Triigi_(Aleksandri)_vallavalitsus_Harjumaal, lk 28
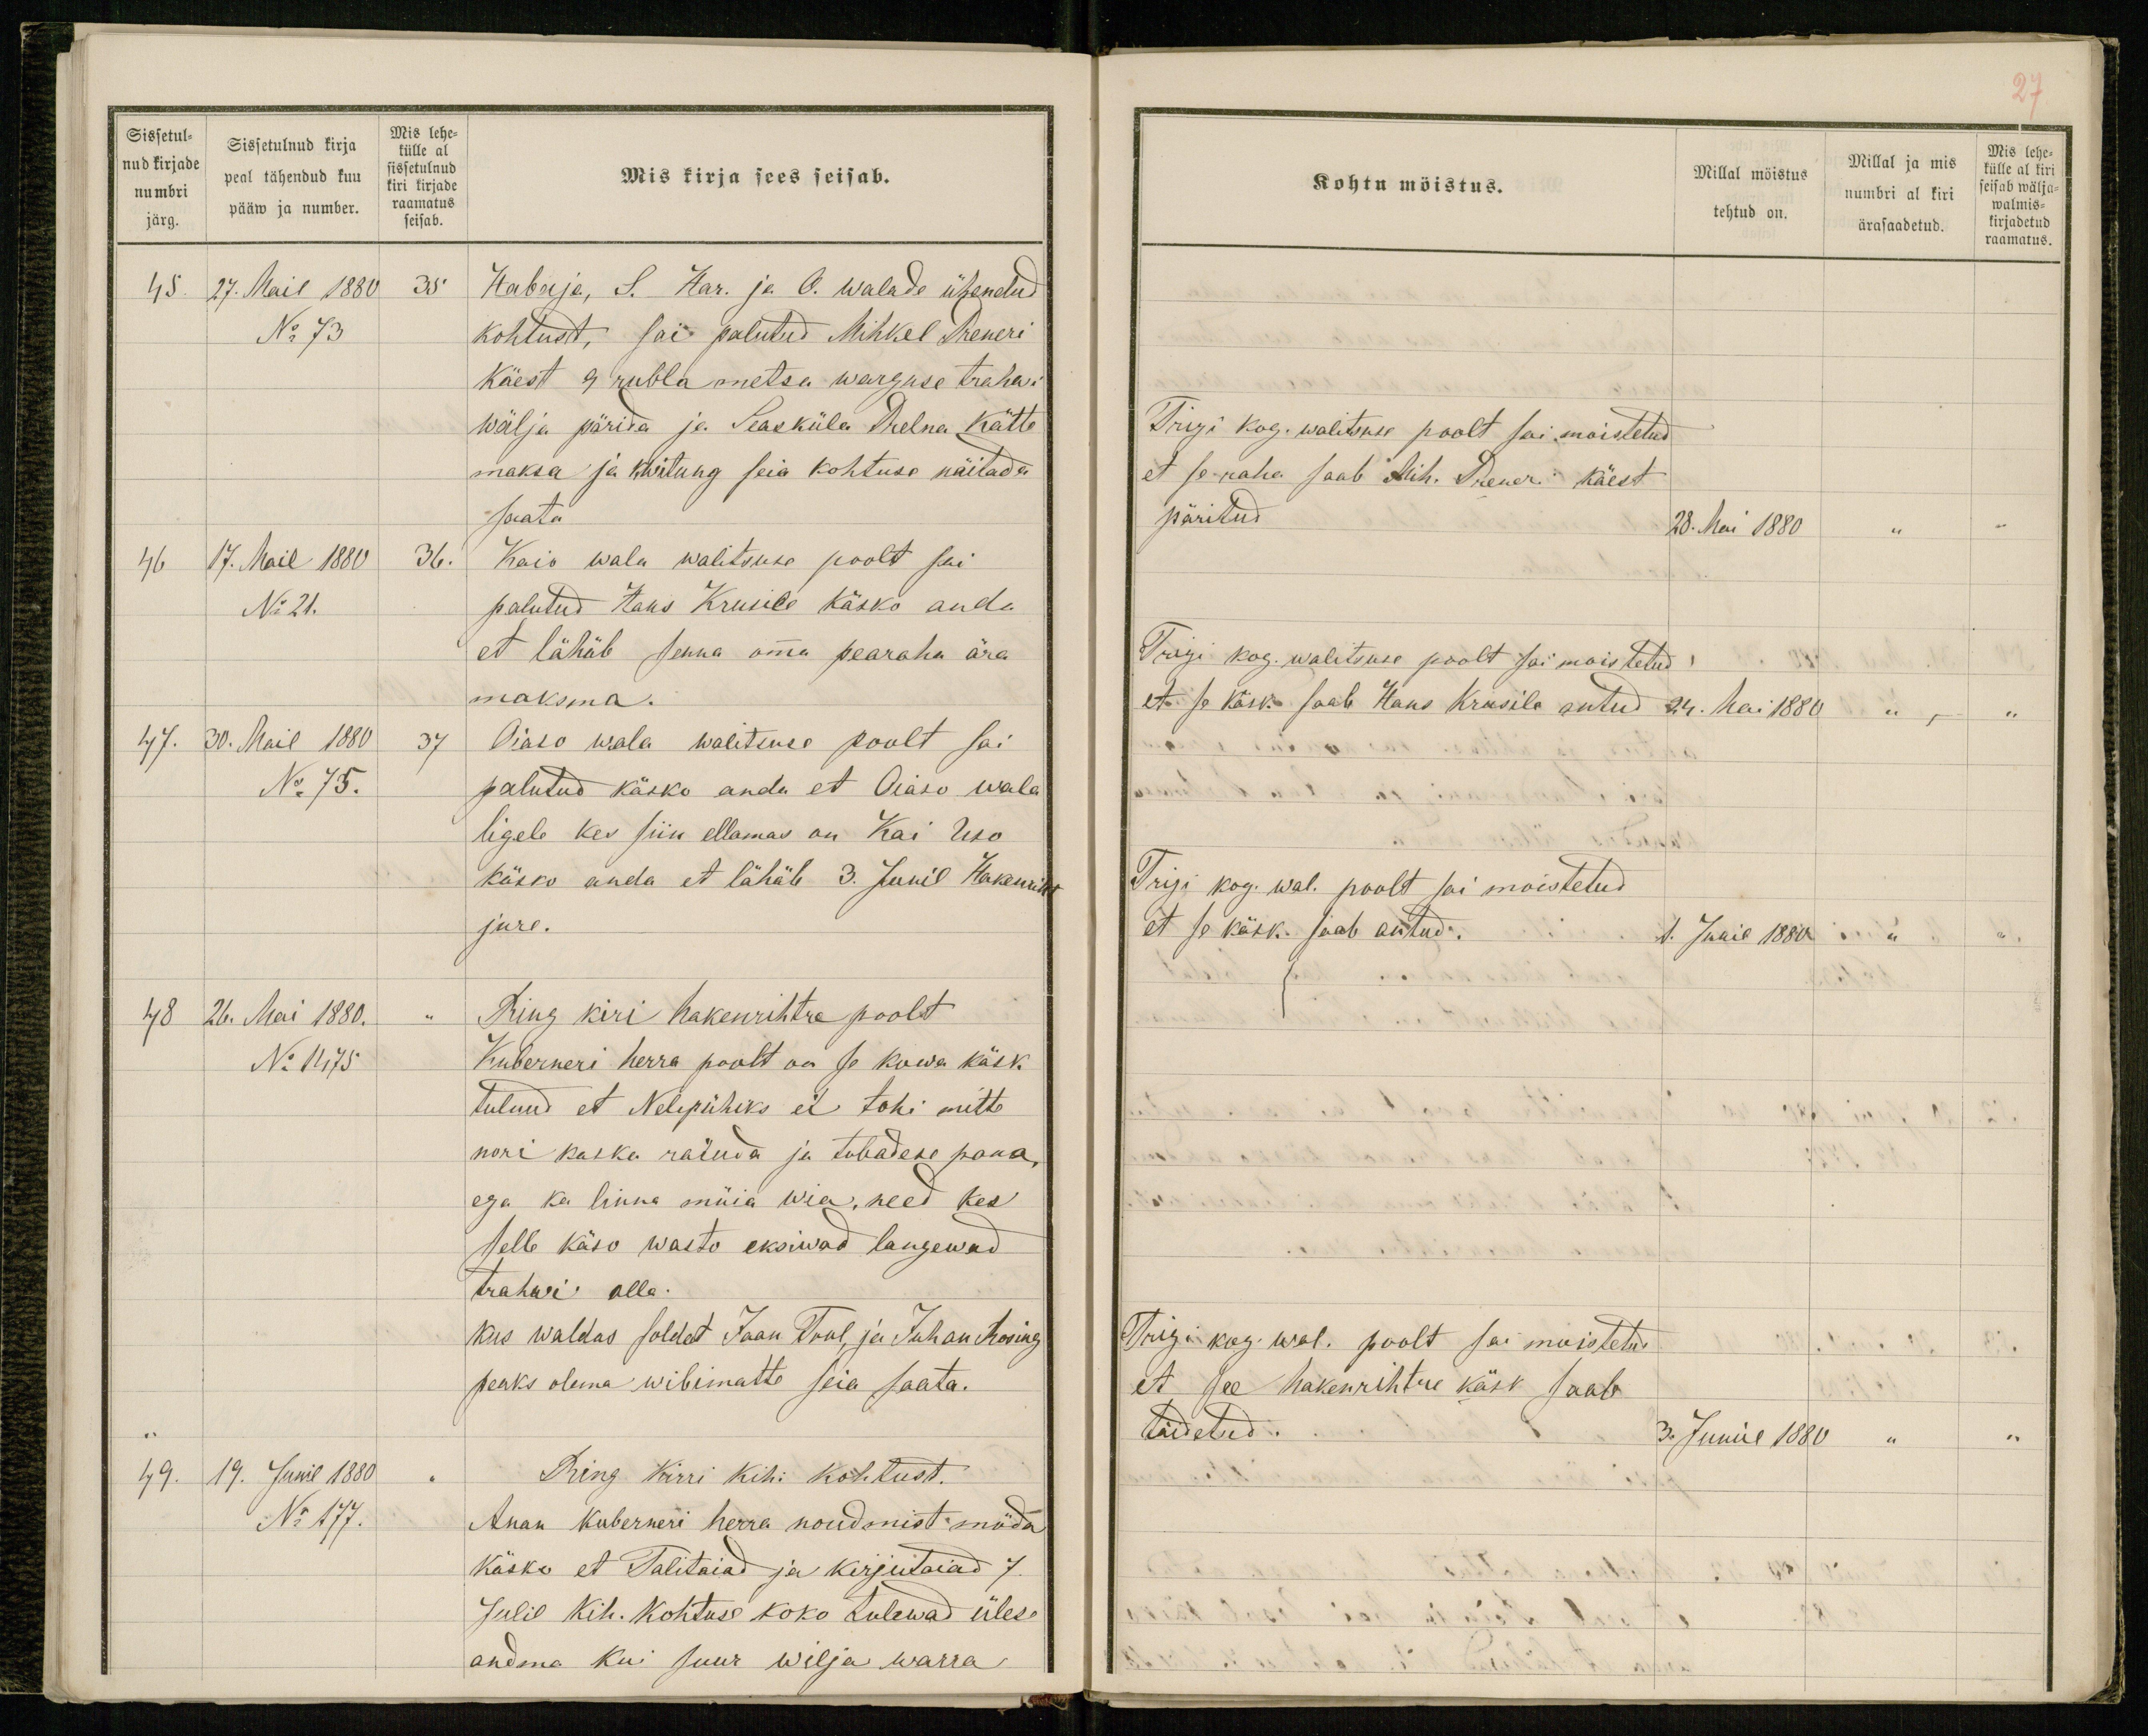
Sissetul-
nud kirjade
numbri
järg.
Sissetulnud kirja
peal tähendud kuu
pääw ja number.
Mis lehe-
külle al
sissetulnud
kiri kirjade
raamatus
seisab.
Mis kirja sees seisab.
45. 27. Mail 1880 35
Habaja, S. Har. ja O. walade ühendud
No 73
kohtust, sai palutud Mihkel Preneri
käest 9 rubla metsa warguse trahwi
wälja pärida ja Seasküla Prelna kätte
maksa ja kwitung seia kohtuse näitada
saata
46 17. Mail 1880 36.
Kaio wala walitsuse poolt sai
No 21.
palutud Hans Krusile käsko anda
et lähäb senna omma pearaha ära
maksma.
47. 30. Mail 1880 37
Oiaso wala walitsuse poolt sai
No 75.
palutud käsko anda et Oiaso wala
ligele kes siin ellamas on Kai Uso
käsko anda et lähäb 3. Junil Hakenriht
jure.
48 26. Mai 1880. "
Ring kiri hakenrihtre poolt
No 1475.
Kuberneri herra poolt on se kowa käsk
tulnud et Nelipühiks ei tohi mitte
nori kaska raiuda ja tubadese pana
ega ka linna müia wia, need kes
selle käso wasto eksiwad langewad
trahwi olla.
kus waldas soldat Jaan Tuul, ja Juhan Rosing
peaks olema wibimatte seia saata.
49. 19. Junil 1880 "
Ring kirri kihi kohtust.
No 177.
Anan Kuberneri herra noudmist möda
käsko et Talitaiad ja kirjutaiad 7.
Julil Kih. kohtuse koko tulewad ülese
andma kui suur wilja warra

27
Kohtu möistus.
Millal möistus
tehtud on.
Millal ja mis
numbri al kiri
ärasaadetud.
Mis lehe-
külle al kiri
seisab wälja-
walmis-
kirjadetud
raamatus.
Trigi kog. walitsuse poolt sai moistetud
et se raha saab Mih. Preneri käest
päritud
28. Mai 1880 " "
Trigi kog. walitsuse poolt sai moistetud
et se käsk saab Hans Krusile antud
24. Mai 1880 " "
Trigi kog. wal. poolt sai moistetud
et se käsk saab antud.
1. Junil 1880 " "
Trigi kog. wal. poolt sai moistetud
et see hakenrihtre käsk saab
täidetud.
3. Jumil 1880 " "